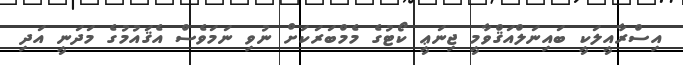
އިސްރާއީލަކީ ބައިނަލްއަޤްވާމީ ޖިނަޢީ ކޯޓުގެ މެމްބަރަކަށް ނުވި ނަމަވެސް އެޤައުމުގެ މަދަނީ އަދި